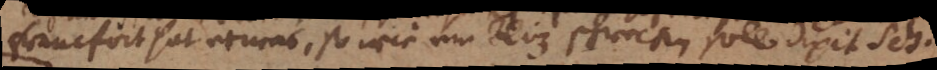
francfort hat etwas, so wie ein Bliz schrecken soll dixit Sch.